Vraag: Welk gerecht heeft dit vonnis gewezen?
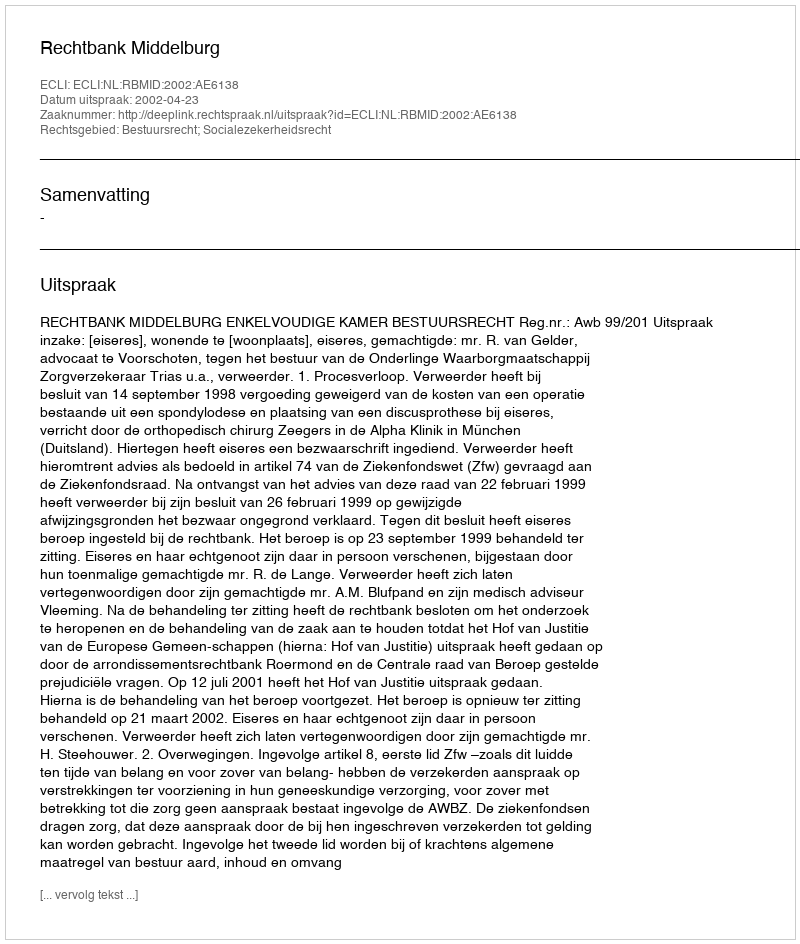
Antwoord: Rechtbank Middelburg